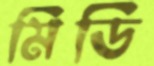
মিডি